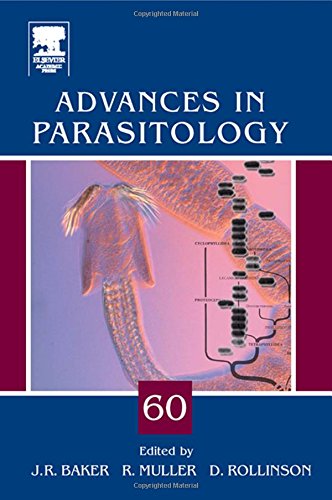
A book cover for Advances in Parasitology, Vol. 60; Medical Books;